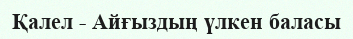
Қалел - Айғыздың үлкен баласы